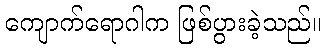
ကျောက်ရောဂါက ဖြစ်ပွားခဲ့သည်။